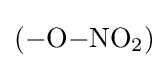
{\ce {(-O-NO2)}}